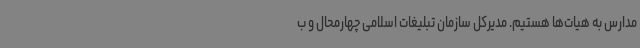
مدارس به هیات‌ها هستیم. مدیرکل سازمان تبلیغات اسلامی چهارمحال و ب